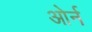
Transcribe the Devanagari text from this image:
ओर्न